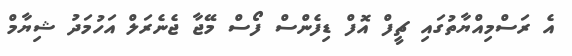
އެ ރަސްމިއްޔާތުގައި ޗީފް އޮފް ޑިފެންސް ފޯސް މޭޖާ ޖެނެރަލް އަހުމަދު ޝިޔާމް